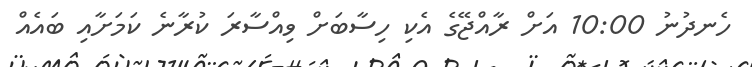
ހެނދުނު 10:00 އަށް ރާއްޖޭގެ އެކި ހިސާބަށް ވިއްސާރަ ކުރާނެ ކަމަށާއި ބައެއް